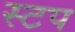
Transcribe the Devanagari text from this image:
स्टप